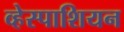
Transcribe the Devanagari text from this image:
व्हेस्पाशियन